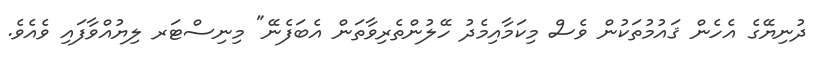
ދުނިޔޭގެ އެހެން ޤައުމުތަކުން ވެސް މިކަމާއިމެދު ހޭލުންތެރިވާތަން އެބަފެނޭ" މިނިސްޓަރ ލިޔުއްވާފައި ވެއެވެ.